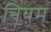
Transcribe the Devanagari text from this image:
नियम्